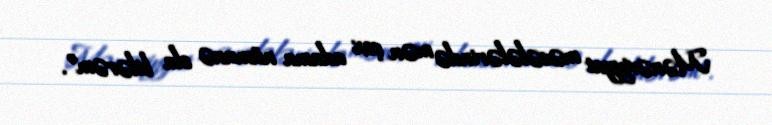
Mənəviyyat məsələlərində mən çox adama nümunə ola bilərəm”.